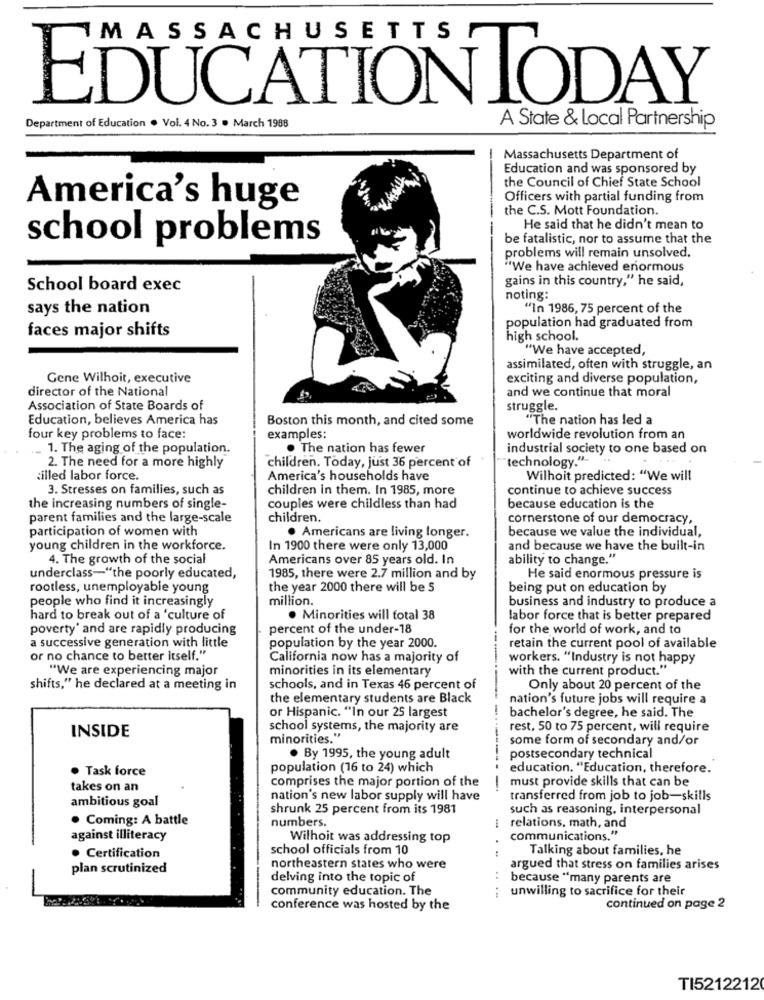
MASSACHUSETTS
EDUCATION TODAY
Department of Education . Vol. 4 No. 3 . March 1988
A State & Local Partnership
-
Massachusetts Department of
Education and was sponsored by
the Council of Chief State School
Officers with partial funding from
America's huge
the C.S. Mott Foundation.
He said that he didn't mean to
school problems
be fatalistic, nor to assume that the
problems will remain unsolved.
"We have achieved enormous
gains in this country," he said,
School board exec
noting:
says the nation
"In 1986, 75 percent of the
population had graduated from
faces major shifts
high school.
"We have accepted,
assimilated, often with struggle, an
Gene Wilhoit, executive
exciting and diverse population,
director of the National
and we continue that moral
Association of State Boards of
struggle.
Education, believes America has
Boston this month, and cited some
"The nation has led a
four key problems to face:
examples:
worldwide revolution from an
1. The aging of the population.
. The nation has fewer
industrial society to one based on
children. Today, just 36 percent of
"technology."-
2. The need for a more highly
:illed labor force.
America's households have
Wilhoit predicted: "We will
3. Stresses on families, such as
children in them. In 1985, more
continue to achieve success
the increasing numbers of single-
couples were childless than had
because education is the
parent families and the large-scale
children.
cornerstone of our democracy,
participation of women with
because we value the individual,
. Americans are living longer.
young children in the workforce.
In 1900 there were only 13,000
and because we have the built-in
4. The growth of the social
Americans over 85 years old. In
ability to change."
underclass-"the poorly educated,
1985, there were 2.7 million and by
He said enormous pressure is
rootless, unemployable young
the year 2000 there will be 5
being put on education by
people who find it increasingly
million.
business and industry to produce a
hard to break out of a 'culture of
· Minorities will total 38
labor force that is better prepared
poverty' and are rapidly producing
percent of the under-18
for the world of work, and to
a successive generation with little
population by the year 2000.
retain the current pool of available
or no chance to better itself."
California now has a majority of
workers. "Industry is not happy
"We are experiencing major
minorities in its elementary
with the current product."
shifts," he declared at a meeting in
schools, and in Texas 46 percent of
Only about 20 percent of the
the elementary students are Black
nation's future jobs will require a
or Hispanic. "In our 25 largest
bachelor's degree, he said. The
INSIDE
school systems, the majority are
rest, 50 to 75 percent, will require
minorities."
some form of secondary and/or
. By 1995, the young adult
postsecondary technical
. Task force
population (16 to 24) which
education. "Education, therefore.
comprises the major portion of the
must provide skills that can be
takes on an
-
ambitious goal
nation's new labor supply will have
transferred from job to job-skills
shrunk 25 percent from its 1981
such as reasoning, interpersonal
· Coming: A battle
numbers.
relations, math, and
against illiteracy
Wilhoit was addressing top
communications."
school officials from 10
Talking about families, he
. Certification
plan scrutinized
northeastern states who were
argued that stress on families arises
delving into the topic of
because "many parents are
community education. The
....
unwilling to sacrifice for their
conference was hosted by the
continued on page 2
TI5212212